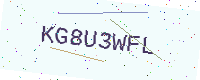
Text: KG8U3WFL